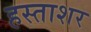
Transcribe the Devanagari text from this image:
हस्ताशर